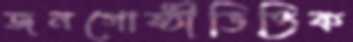
জনগোষ্ঠীভিত্তিক